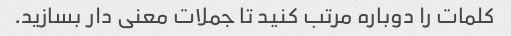
کلمات را دوباره مرتب کنید تا جملات معنی دار بسازید.